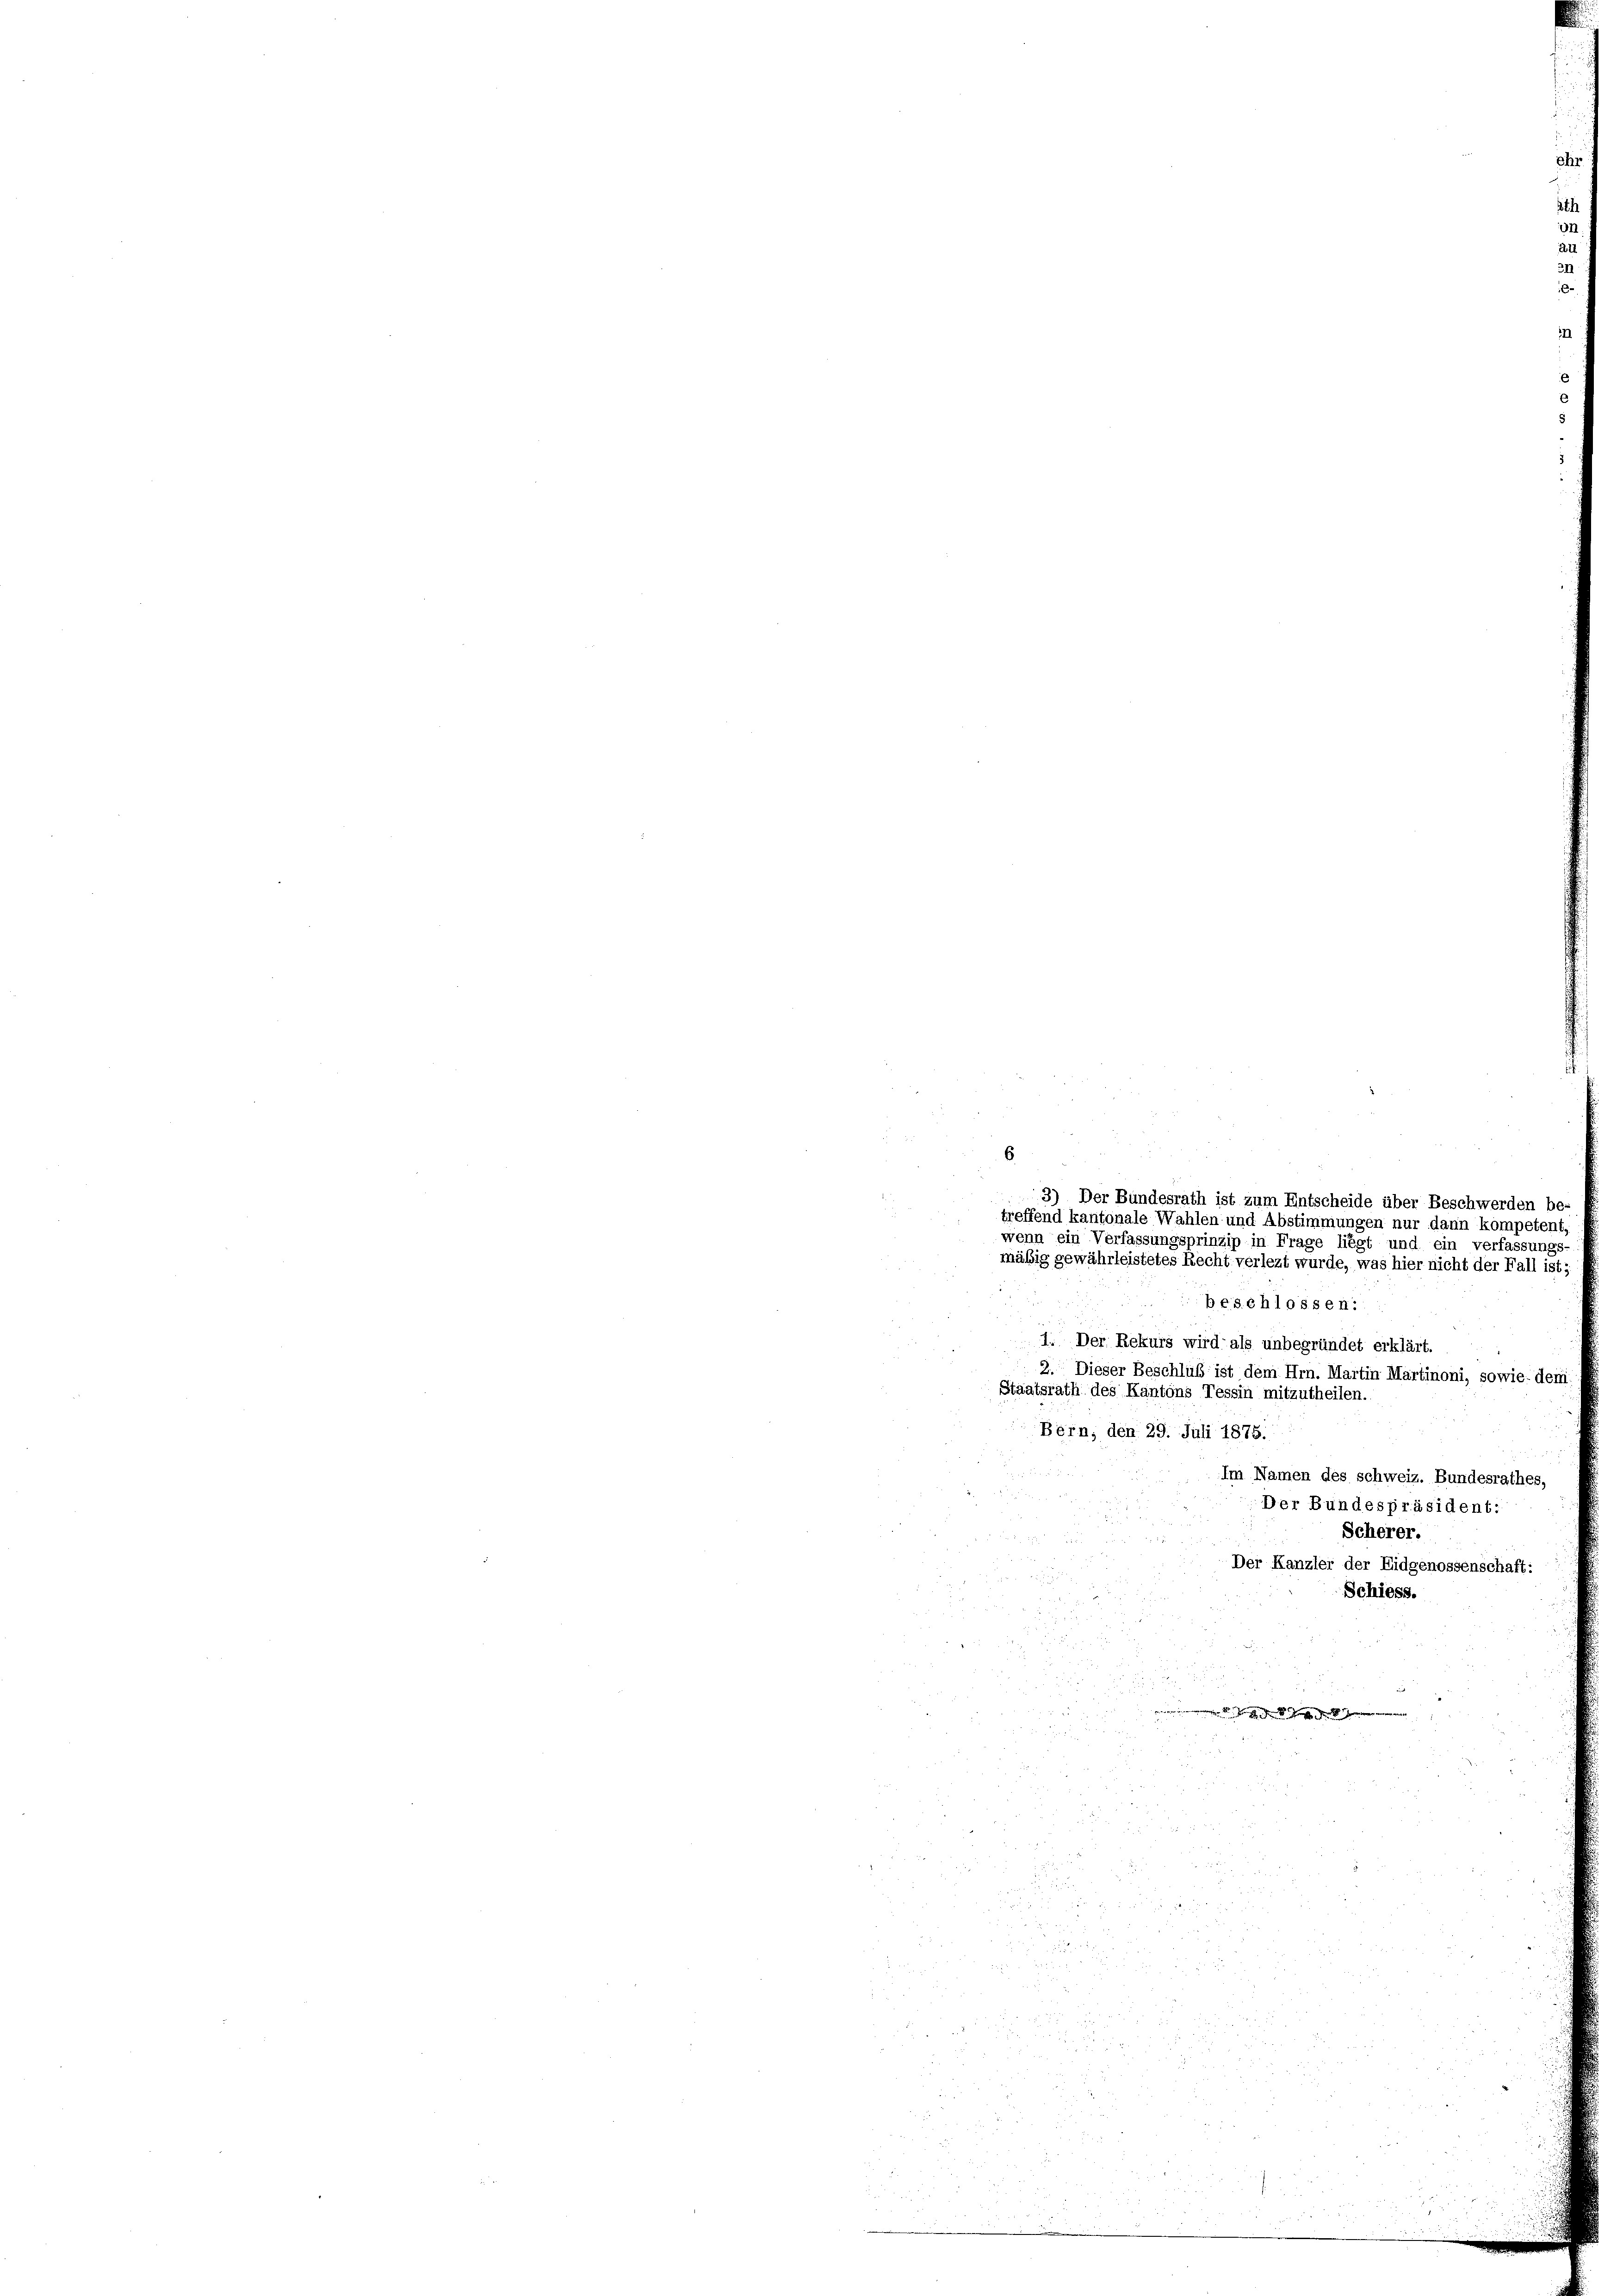
6
3) Der Bundesrath ist zum Entscheide über Beschwerden be-
treffend kantonale Wahlen und Abstimmungen nur dann kompetent,
wenn ein Verfassungsprinzip in Frage liegt und ein verfassungs
mäßig gewährleistetes Recht verlegt wurde, was hier nicht der Fall ist
beschlossen:
1. Der Rekurs wird als unbegründet erklärt.
2. Dieser Beschluß ist dem Hrn. Martin Martinoni, sowie dem
Staatsrath des Kantons Tessin mitzutheilen.
Bern, den 29. Juli 1875.
Im Namen des schweiz. Bundesrathes,
Der Bundespräsident:
Scherer.
Der Kanzler der Eidgenossenschaft:
Schiess.